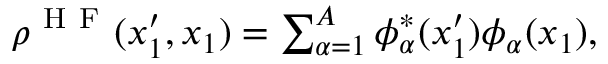
\begin{array} { r } { \rho ^ { \mathrm { ~ H ~ F ~ } } ( x _ { 1 } ^ { \prime } , x _ { 1 } ) = \sum _ { \alpha = 1 } ^ { A } \phi _ { \alpha } ^ { * } ( x _ { 1 } ^ { \prime } ) \phi _ { \alpha } ( x _ { 1 } ) , } \end{array}